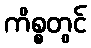
ကိစ္စတွင်